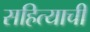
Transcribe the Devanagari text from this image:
सहित्याची